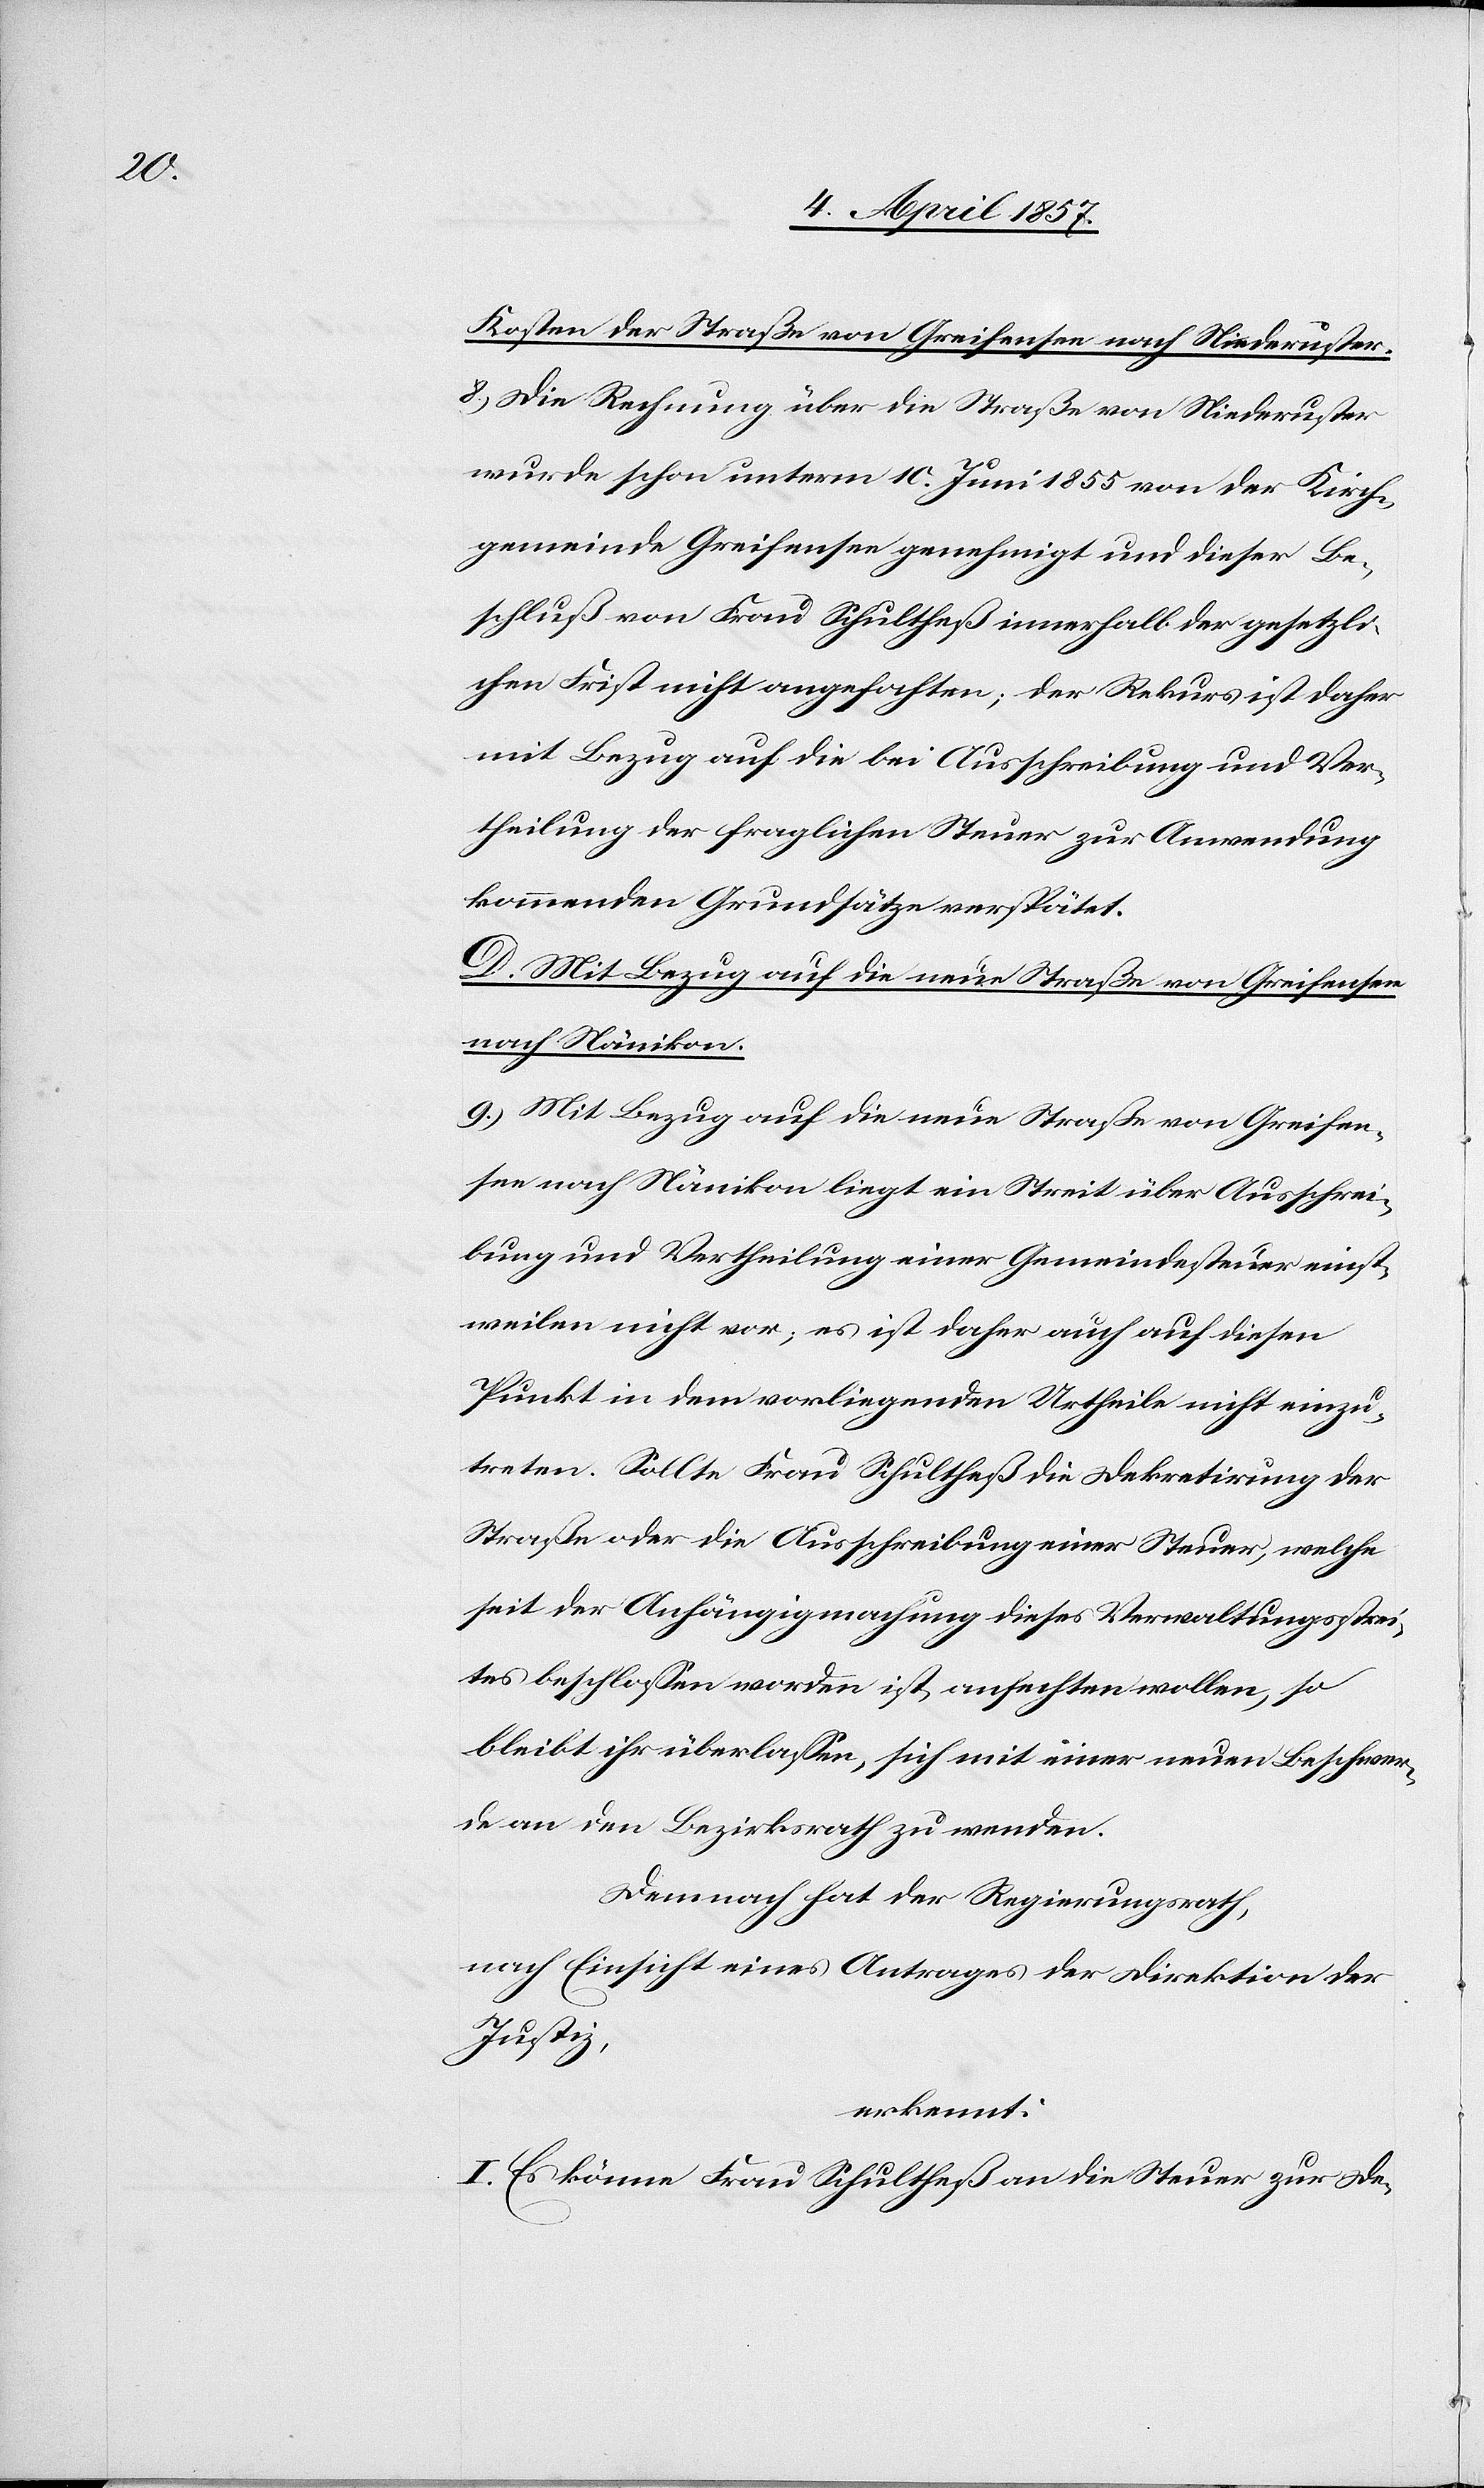
Kosten der Straße von Greifensee nach Niederuster.
8.) Die Rechnung über die Straße von Niederuster
wurde schon unterm 10. Juni 1855 von der Kirch¬
gemeinde Greifensee genehmigt und dieser Be¬
schluß von Frau Schultheß innerhalb der gesetzli¬
chen Frist nicht angefochten; der Rekurs ist daher
mit Bezug auf die bei Ausschreibung und Ver¬
theilung der fraglichen Steuer zur Anwendung
kommenden Grundsätze verspätet.
D. Mit Bezug auf die neue Straße von Greifensee
nach Nänikon.
9.) Mit Bezug auf die neue Straße von Greifen¬
see nach Nänikon liegt ein Streit über Ausschrei¬
bung und Vertheilung einer Gemeindesteuer einst¬
weilen nicht vor; es ist daher auch auf diesen
Punkt in dem vorliegenden Urtheile nicht einzu¬
treten. Sollte Frau Schultheß die Dekretirung der
Straße oder die Ausschreibung einer Steuer, welche
seit der Anhängigmachung dieses Verwaltungsstrei¬
tes beschlossen worden ist, anfechten wollen, so
bleibt ihr überlassen, sich mit einer neuen Beschwer¬
de an den Bezirksrath zu wenden.
Demnach hat der Regierungsrath,
nach Einsicht eines Antrages der Direktion der
Justiz,
erkennt:
I. Es könne Frau Schultheß an die Steuer zur De-